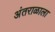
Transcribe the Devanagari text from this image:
अंतराळाला